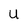
Character: U